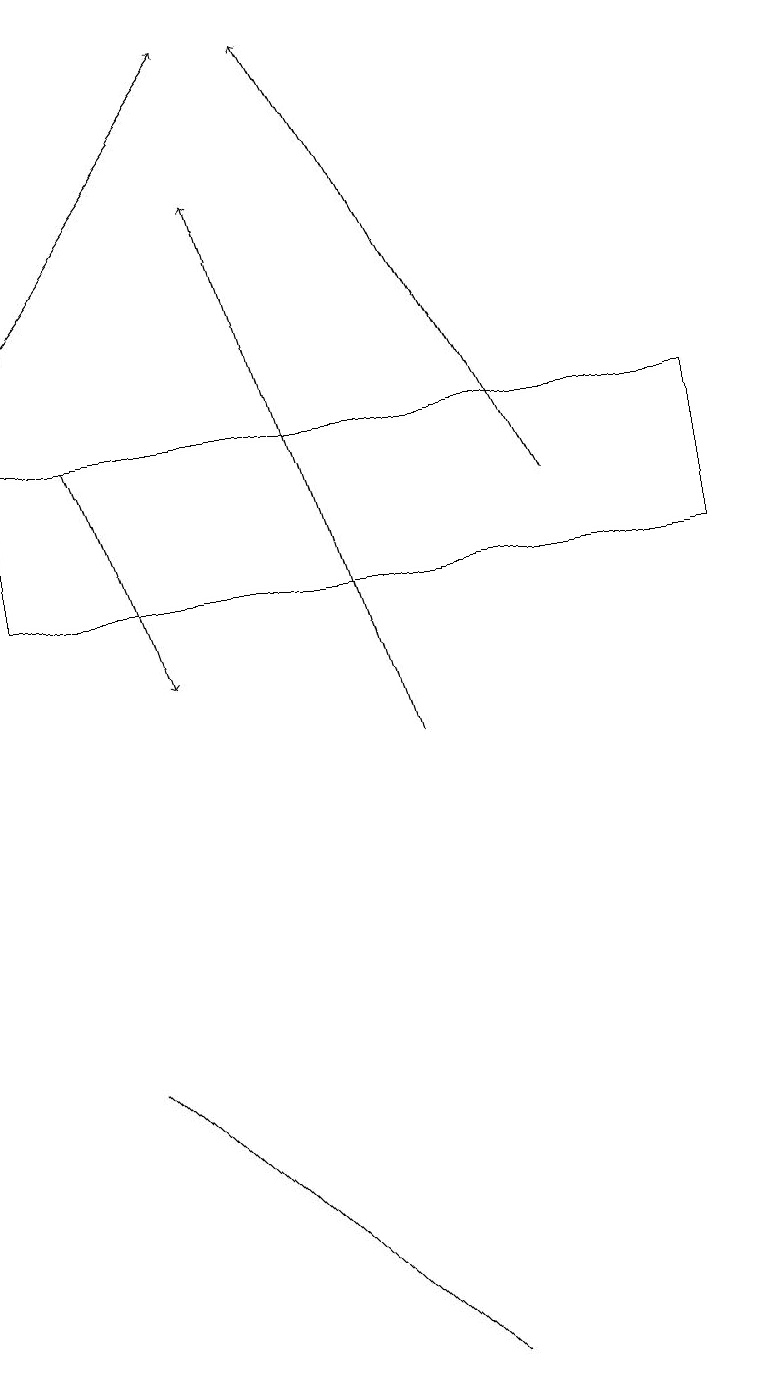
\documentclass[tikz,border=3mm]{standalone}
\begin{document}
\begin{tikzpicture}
\draw (0,12) rectangle (9,14);
\draw[->] (1,14) -- (2,11);
\draw (3,4) -- (5,2) -- (1,6) -- cycle;
\draw[->] (5,10) -- (3,17);
\draw[->] (7,13) -- (4,19);
\draw[->] (0,15) -- (3,19);
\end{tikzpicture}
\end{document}